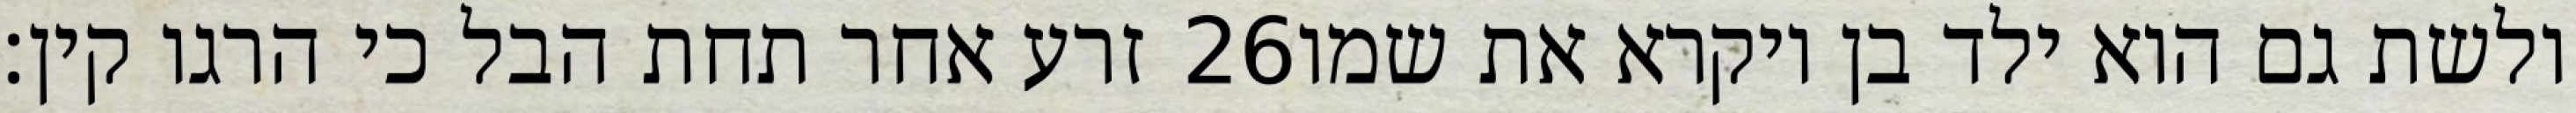
זרע אחר תחת הבל כי הרגו קין׃ ‎26‏ ולשת גם הוא ילד בן ויקרא את שמו